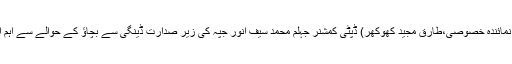
20 ستمبر2019ء،نمائندہ خصوصی،طارق مجید کھوکھر) ڈپٹی کمشنر جہلم محمد سیف انور جپہ کی زیر صدارت ڈینگی سے بچاؤ کے حوالے سے اہم اجلاس منعقد کیا گیا۔